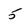
Character: 5